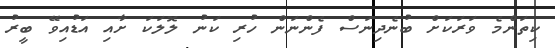
ކިތަންމެ ވަރަކަށް ބުނެދިނަސް ފެންނަން ހުރި ކަނު ލޮލަކަ ށާއި އަޑުއިވޭ ބީރު